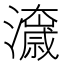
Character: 𭳟